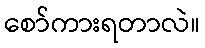
စော်ကားရတာလဲ။